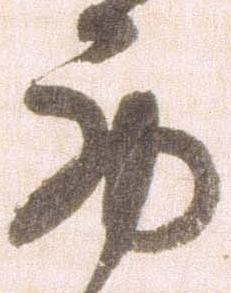
西